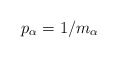
\begin{align*}p_\alpha =1/m_\alpha\end{align*}